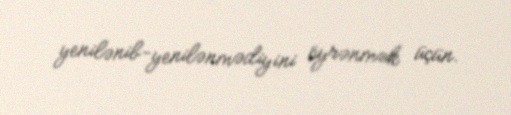
yenilənib-yenilənmədiyini öyrənmək üçün.